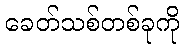
ခေတ်သစ်တစ်ခုကို